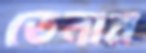
তেনার